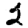
Digit: 2